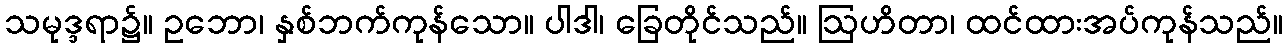
သမုဒ္ဒရာ၌။ ဥဘော၊ နှစ်ဘက်ကုန်သော။ ပါဒါ၊ ခြေတိုင်သည်။ ဩဟိတာ၊ ထင်ထားအပ်ကုန်သည်။